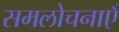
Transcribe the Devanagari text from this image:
समलोचनाएँ